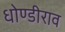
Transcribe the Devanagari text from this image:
धोण्डीराव